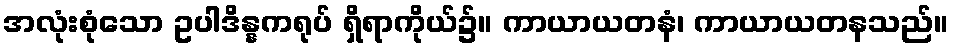
အလုံးစုံသော ဥပါဒိန္နကရုပ် ရှိရာကိုယ်၌။ ကာယာယတနံ၊ ကာယာယတနသည်။